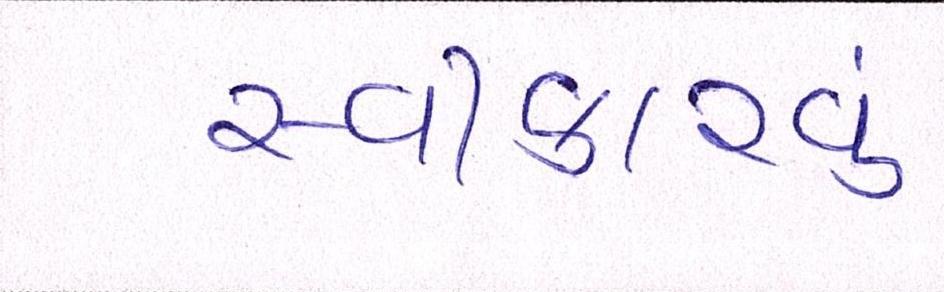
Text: સ્વીકારવું